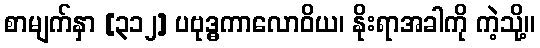
စာမျက်နှာ [၃၁၂] ပဗုဒ္ဓကာလောဝိယ၊ နိုးရာအခါကို ကဲ့သို့။